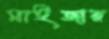
মাইজার